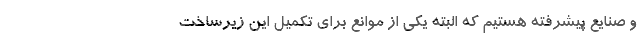
و صنایع پیشرفته هستیم که البته یکی از موانع برای تکمیل این زیرساخت